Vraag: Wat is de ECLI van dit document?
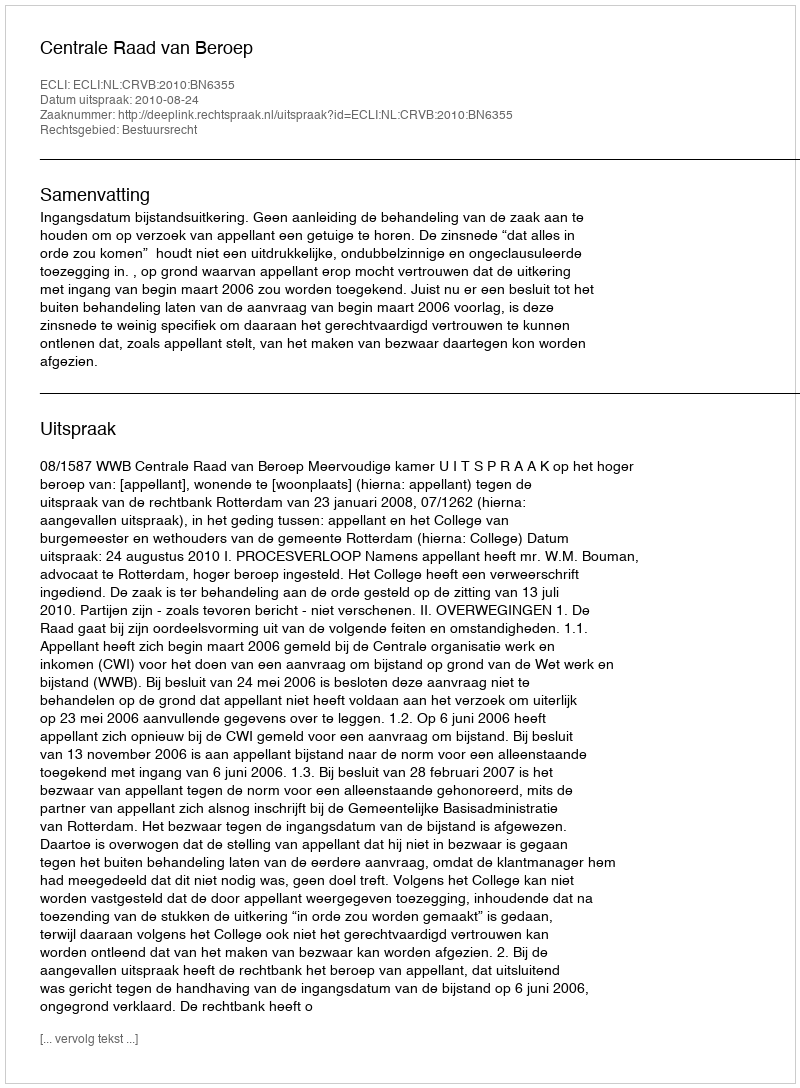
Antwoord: ECLI:NL:CRVB:2010:BN6355